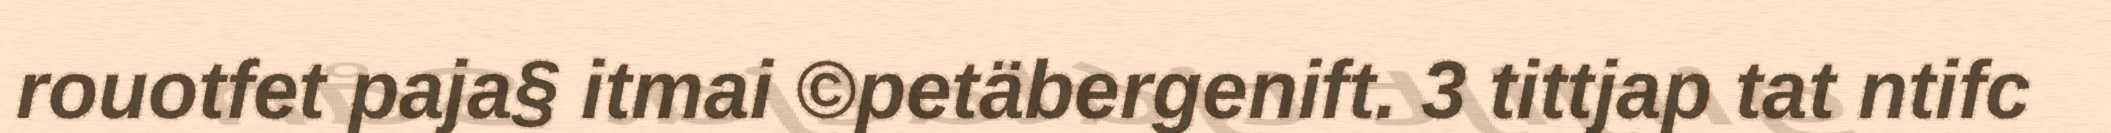
rouotfet paja§ itmai ©petäbergenift. 3 tittjap tat ntifc